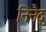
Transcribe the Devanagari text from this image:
निनैदु